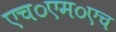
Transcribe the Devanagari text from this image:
एच०एम०एच